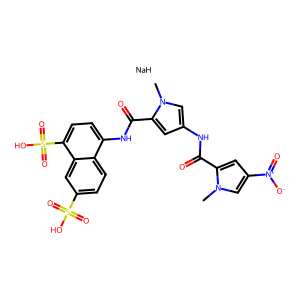
SMILES: Cn1cc([N+](=O)[O-])cc1C(=O)Nc1cc(C(=O)Nc2ccc(S(=O)(=O)O)c3cc(S(=O)(=O)O)ccc23)n(C)c1.[NaH]
Inhibits HIV replication: No